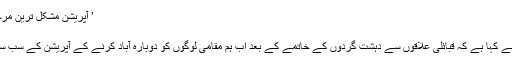
’ آپریشن مشکل ترین مرحلے میں داخل‘ - شیعت نیوز نیٹ ورک
’ آپریشن مشکل ترین مرحلے میں داخل‘
پشاور: آرمی چیف جنرل راحیل شریف نے کہا ہے کہ قبائلی علاقوں سے دہشت گردوں کے خاتمے کے بعد اب ہم مقامی لوگوں کو دوبارہ آباد کرنے کے آپریشن کے سب سے مشکل مرحلے میں داخل ہوگئے ہیں۔